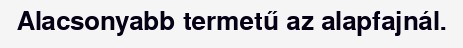
Alacsonyabb termetű az alapfajnál.